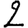
Digit: 2